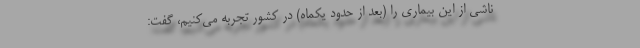
ناشی از این بیماری را (بعد از حدود یکماه) در کشور تجربه می‌کنیم، گفت: